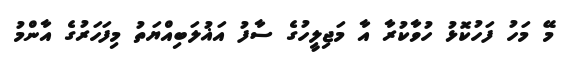
މޭ މަހު ފަހުކޮޅު ހުވާކުރާ އާ މަޖިލީހުގެ ސާފު އަޣުލަބިއްޔަތު މިފަހަރުގެ އާންމު